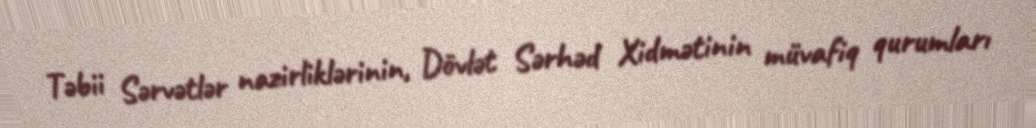
Təbii Sərvətlər nazirliklərinin, Dövlət Sərhəd Xidmətinin müvafiq qurumları